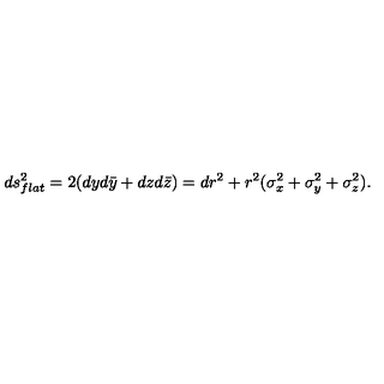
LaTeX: d s _ { f l a t } ^ { 2 } = 2 ( d y d \bar { y } + d z d \bar { z } ) = d r ^ { 2 } + r ^ { 2 } ( \sigma _ { x } ^ { 2 } + \sigma _ { y } ^ { 2 } + \sigma _ { z } ^ { 2 } ) .